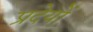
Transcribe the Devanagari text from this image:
प्रदेयों